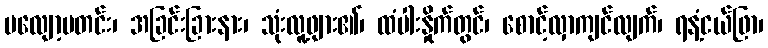
မလျော့မတင်း၊ အခြင်းခြားနား၊ သုံးလူ့ဖျား၏၊ ထံပါးနှိုက်တွင်၊ စောင့်လှာကျင်လျက်၊ ရနံ့ငယ်ဖြာ၊